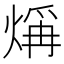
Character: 𤌁